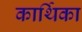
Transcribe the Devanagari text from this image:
कार्थिका